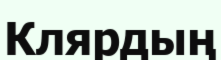
Клярдың